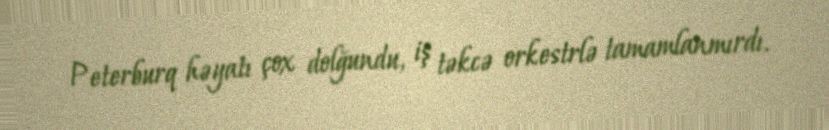
Peterburq həyatı çox dolğundu, iş təkcə orkestrlə tamamlanmırdı.